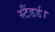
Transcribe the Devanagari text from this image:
स्टैंडर्ड।